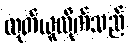
ထုတ်ယူလိုက်သည်